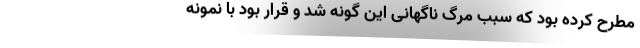
مطرح کرده بود که سبب مرگ ناگهانی این گونه شد و قرار بود با نمونه